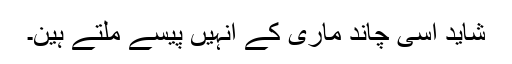
شاید اسی چاند ماری کے انہیں پیسے ملتے ہین۔